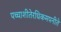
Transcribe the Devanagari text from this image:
पच्चाशीतेरधिकमपनीते